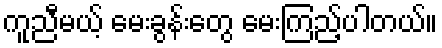
ကူညီမယ့် မေးခွန်းတွေ မေးကြည့်ပါတယ်။